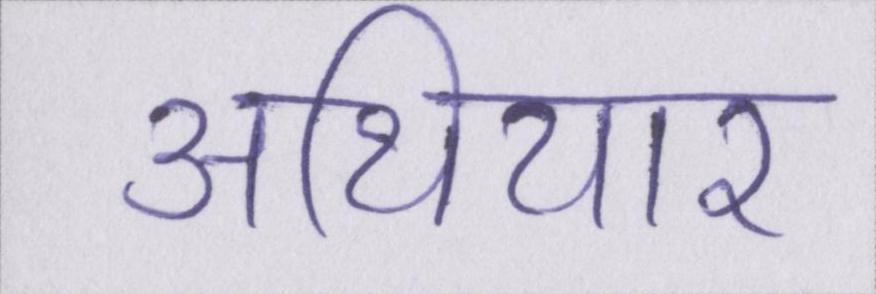
अथियार